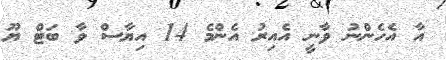
އާ އެހެންނު ވާނީ އެއިރު އެންމެ 14 އިޔާސް ވާ ބަޓް ޔޫ